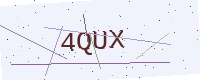
Text: 4QUX